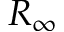
R _ { \infty }